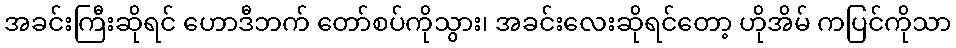
အခင်းကြီးဆိုရင် ဟောဒီဘက် တော်စပ်ကိုသွား၊ အခင်းလေးဆိုရင်တော့ ဟိုအိမ် ကပြင်ကိုသာ